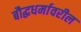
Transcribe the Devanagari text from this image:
बौद्धधर्मावरील